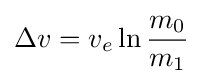
\Delta v=v_{e}\ln {\frac {m_{0}}{m_{1}}}